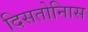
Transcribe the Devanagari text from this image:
दिसतोनिास